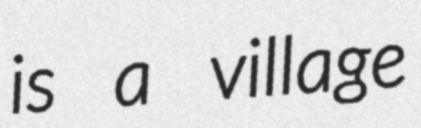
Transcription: is a village